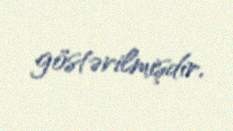
göstərilmişdir.